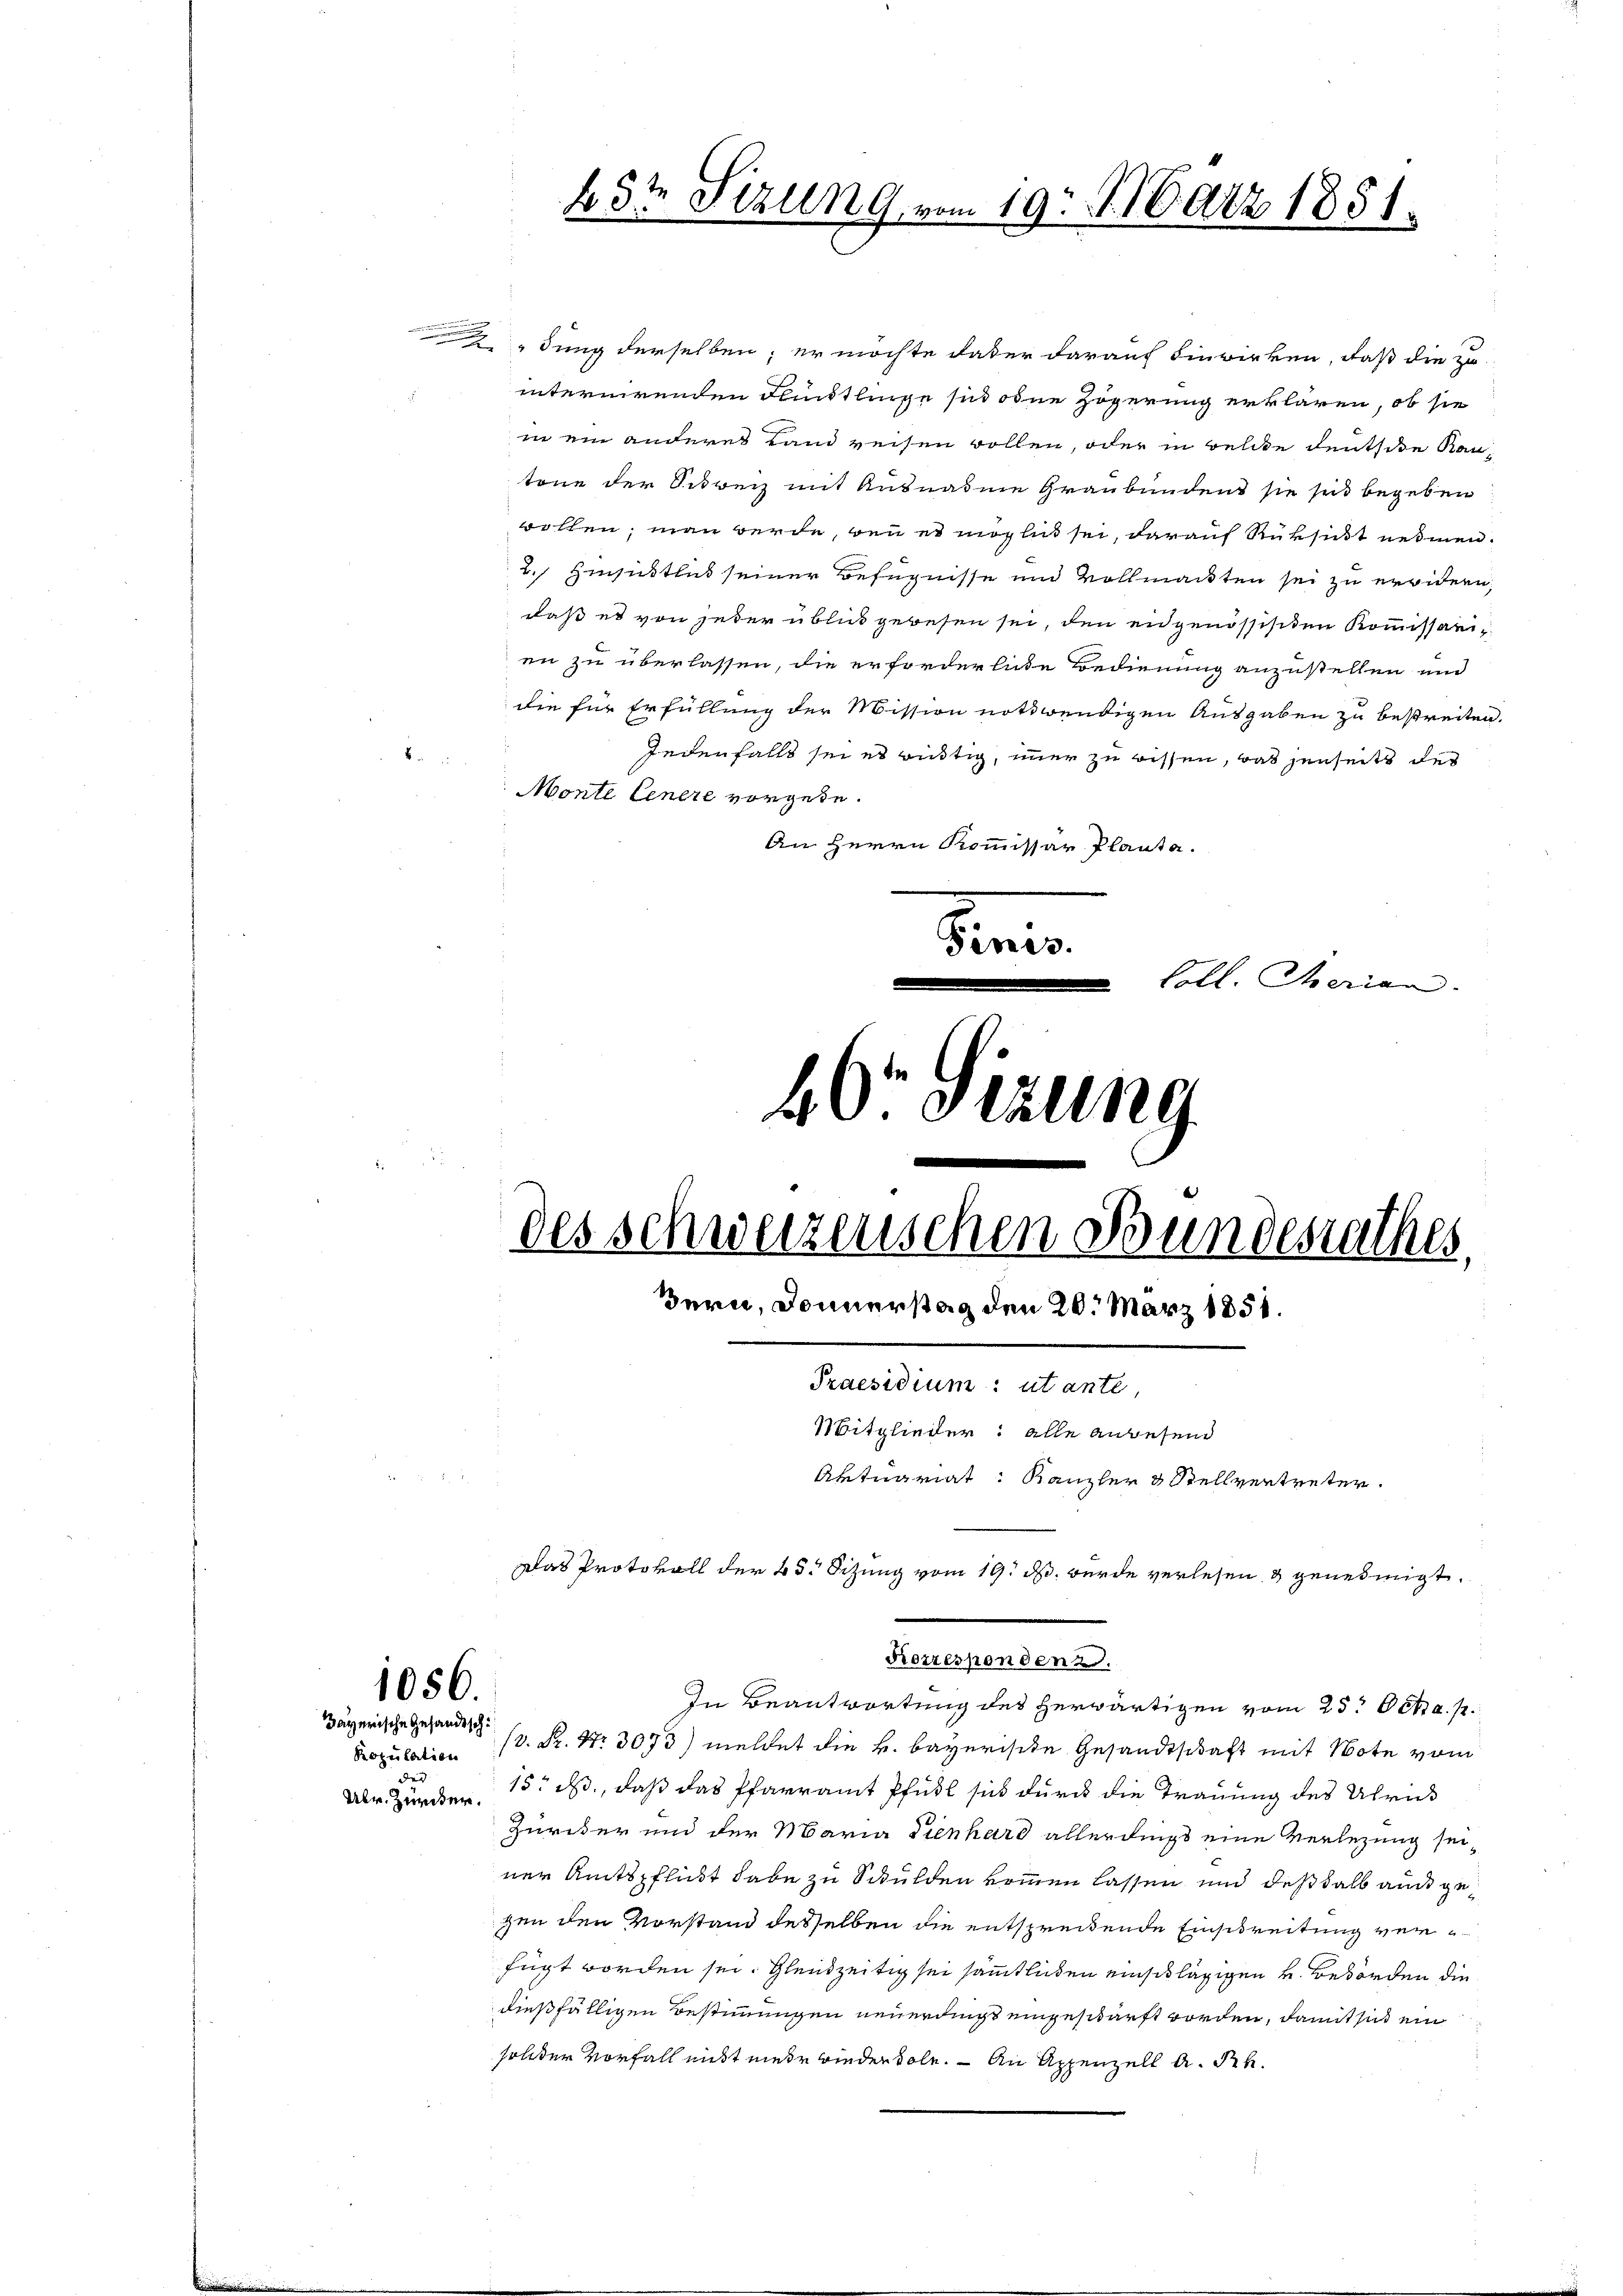
1056.
Bayerische Gesandtsch

d
Übr. Zürcher.

dung derselben; er möchte daher darauf Einwirken, daß die zu
internirenden Flüchtlinge sind ohne Zögerung erklären, ob sie
in ein anderes Land reisen wollen, oder in Belie deutsche Kantone der Schweiz mit Ausnahme Graubünden sie sich begeben
wollen; man werde, wenn es möglich sei, darauf Rüksicht nehmen.
2. Hinsittlud seiner Befugnisse und Vollmackten sei zu erwidern,
daß es von jeder üblick gewesen sei, den eidgenössisiten Kommissarien zu überlassen, die erforderliche Bedienung anzustellen und
die für Erfüllung der Mission nothwendigen Ausgaben zu bestreiten.
Jedenfalls sei es wüstig, immer zu bissen, was jenseits des
Monte Genere vorgebe.
An Herrn Kommissär Planta.
Sein
Coll. Serian

45te Sizung vom 19. März 1851.

40r Sitzung
des schweizenschen Bundesrathes.
Bern, Donnerstag den 20. März 1851.

Praesidium: ut ante
Mitglieder: alle anwesend
Aktuariat: Kanzler & Stellvertreter.
Das Protokoll der 25. Sitzung vom 19. ds. wurde verlesen & genehmigt.

In Beantwortung des herwärtigen vom 25. Ocha. p.
Population (s. S. Nr. 3073) meldet die H. Bayerische Gesandtschaft mit Note vom
15. ds., daß das Pfarramt Pfull sich durch die Trauung des Ulric
Züriker und der Maria Sienhard allerdings eine Verlegung seiner Amtspflickt habe zu Schulden kommen lassen und deßhalb auch gegen den Vorstand desselben die entsprechende Einschreitung verfügt worden sei. Gleichzeitig sei sämmtlichen einschlägigen v. Behörden die
dießfälligen Bestimmungen neuerdings eingeschärft worden, damit sich ein
solder Vorfall nicht nieder wieder Sole. — An Appenzell A. Rh.

Korrespondenz.